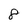
Character: 8